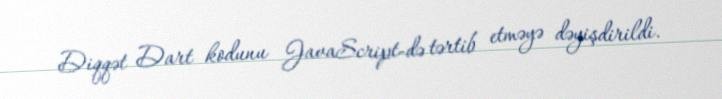
Diqqət Dart kodunu JavaScript-də tərtib etməyə dəyişdirildi.